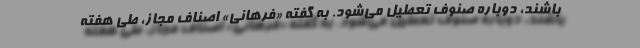
باشند، دوباره صنوف تعطیل می‌شود. به گفته «فرهانی» اصناف مجاز، طی هفته